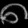
Digit: ၈